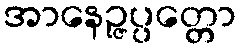
အာနေဉ္ဇပ္ပတ္တော